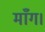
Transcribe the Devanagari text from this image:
माँग।